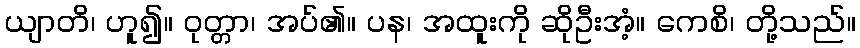
ယျာတိ၊ ဟူ၍။ ဝုတ္တာ၊ အပ်၏။ ပန၊ အထူးကို ဆိုဦးအံ့။ ကေစိ၊ တို့သည်။